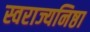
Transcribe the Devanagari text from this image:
स्वराज्यनिष्ठा